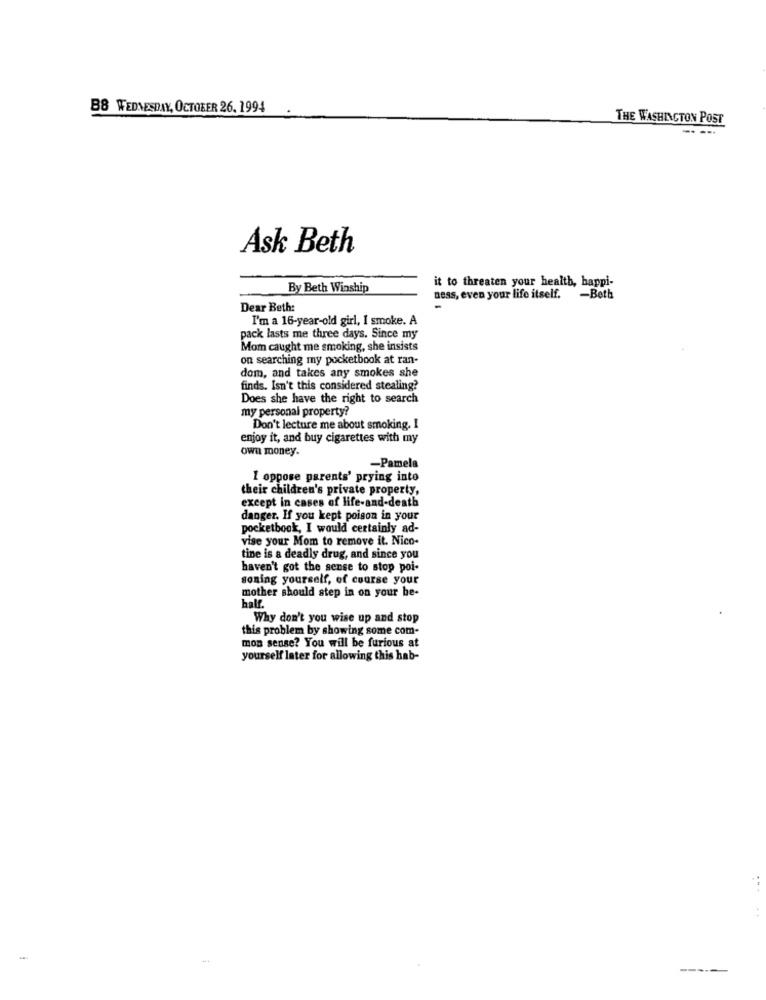
B8 WEDNESDAY, OCTOBER 26. 1994
THE WASHINGTON POST
Ask Beth
By Beth Winship
it to threaten your health, happi-
ness, even your life itself.
-Beth
Dear Beth:
I'm a 16-year-old girl, I smoke. A
pack lasts me three days. Since my
Mom caught me smoking, she insists
on searching my pocketbook at ran-
dom, and takes any smokes she
finds. Isn't this considered stealing?
Does she have the right to search
my personal property?
Don't lecture me about smoking. I
enjoy it, and buy cigarettes with my
own money.
-Pamela
I oppose parents' prying into
their children's private property,
except in cases of life-and-death
danger. If you kept poison in your
pocketbook, I would certainly ad-
vise your Mom to remove it. Nico-
tine is a deadly drug, and since you
haven't got the sense to stop poi-
soning yourself, of course your
mother should step in on your he-
half.
Why don't you wise up and stop
this problem by showing some com-
mon sense? You will be furious at
yourself later for allowing this hab-
:
-----